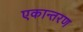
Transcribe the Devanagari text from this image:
एकान्तरण